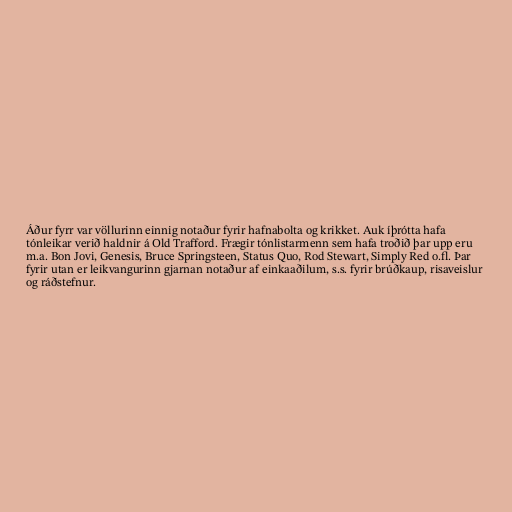
Áður fyrr var völlurinn einnig notaður fyrir hafnabolta og krikket. Auk íþrótta hafa
tónleikar verið haldnir á Old Trafford. Frægir tónlistarmenn sem hafa troðið þar upp eru
m.a. Bon Jovi, Genesis, Bruce Springsteen, Status Quo, Rod Stewart, Simply Red o.fl. Þar
fyrir utan er leikvangurinn gjarnan notaður af einkaaðilum, s.s. fyrir brúðkaup, risaveislur
og ráðstefnur.